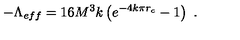
- \Lambda _ { e f f } = 1 6 M ^ { 3 } k \left( e ^ { - 4 k \pi r _ { c } } - 1 \right) \ .